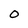
Character: 0